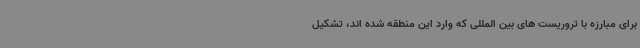
برای مبارزه با تروریست های بین المللی که وارد این منطقه شده اند، تشکیل